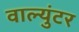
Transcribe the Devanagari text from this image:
वाल्युंटर